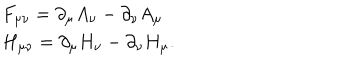
\begin{array} { l l } { { F _ { \mu \nu } = \partial _ { \mu } A _ { \nu } - \partial _ { \nu } A _ { \mu } } } \\ { { H _ { \mu \nu } = \partial _ { \mu } H _ { \nu } - \partial _ { \nu } H _ { \mu } . } } \\ \end{array}